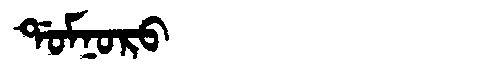
Manchu: ᡩᠣᠮᠨᠣᡵᠣ
Romanization: DOMNORO